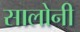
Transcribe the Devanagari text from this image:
सालोनी